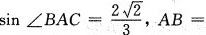
$$\sin \angle B A C = \frac{2 \sqrt{2}}{3},$$ A B =